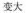
变大